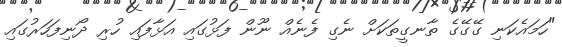
"ހަމައެކަނި ގޭގޭގެ ތާނގީތަކަށް ނެގި ފެނެއް ނޫން ފަޅުގައި އަޅާފައި ހުރި ދޯނިފަހަރުގައި